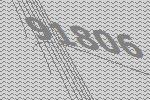
91806